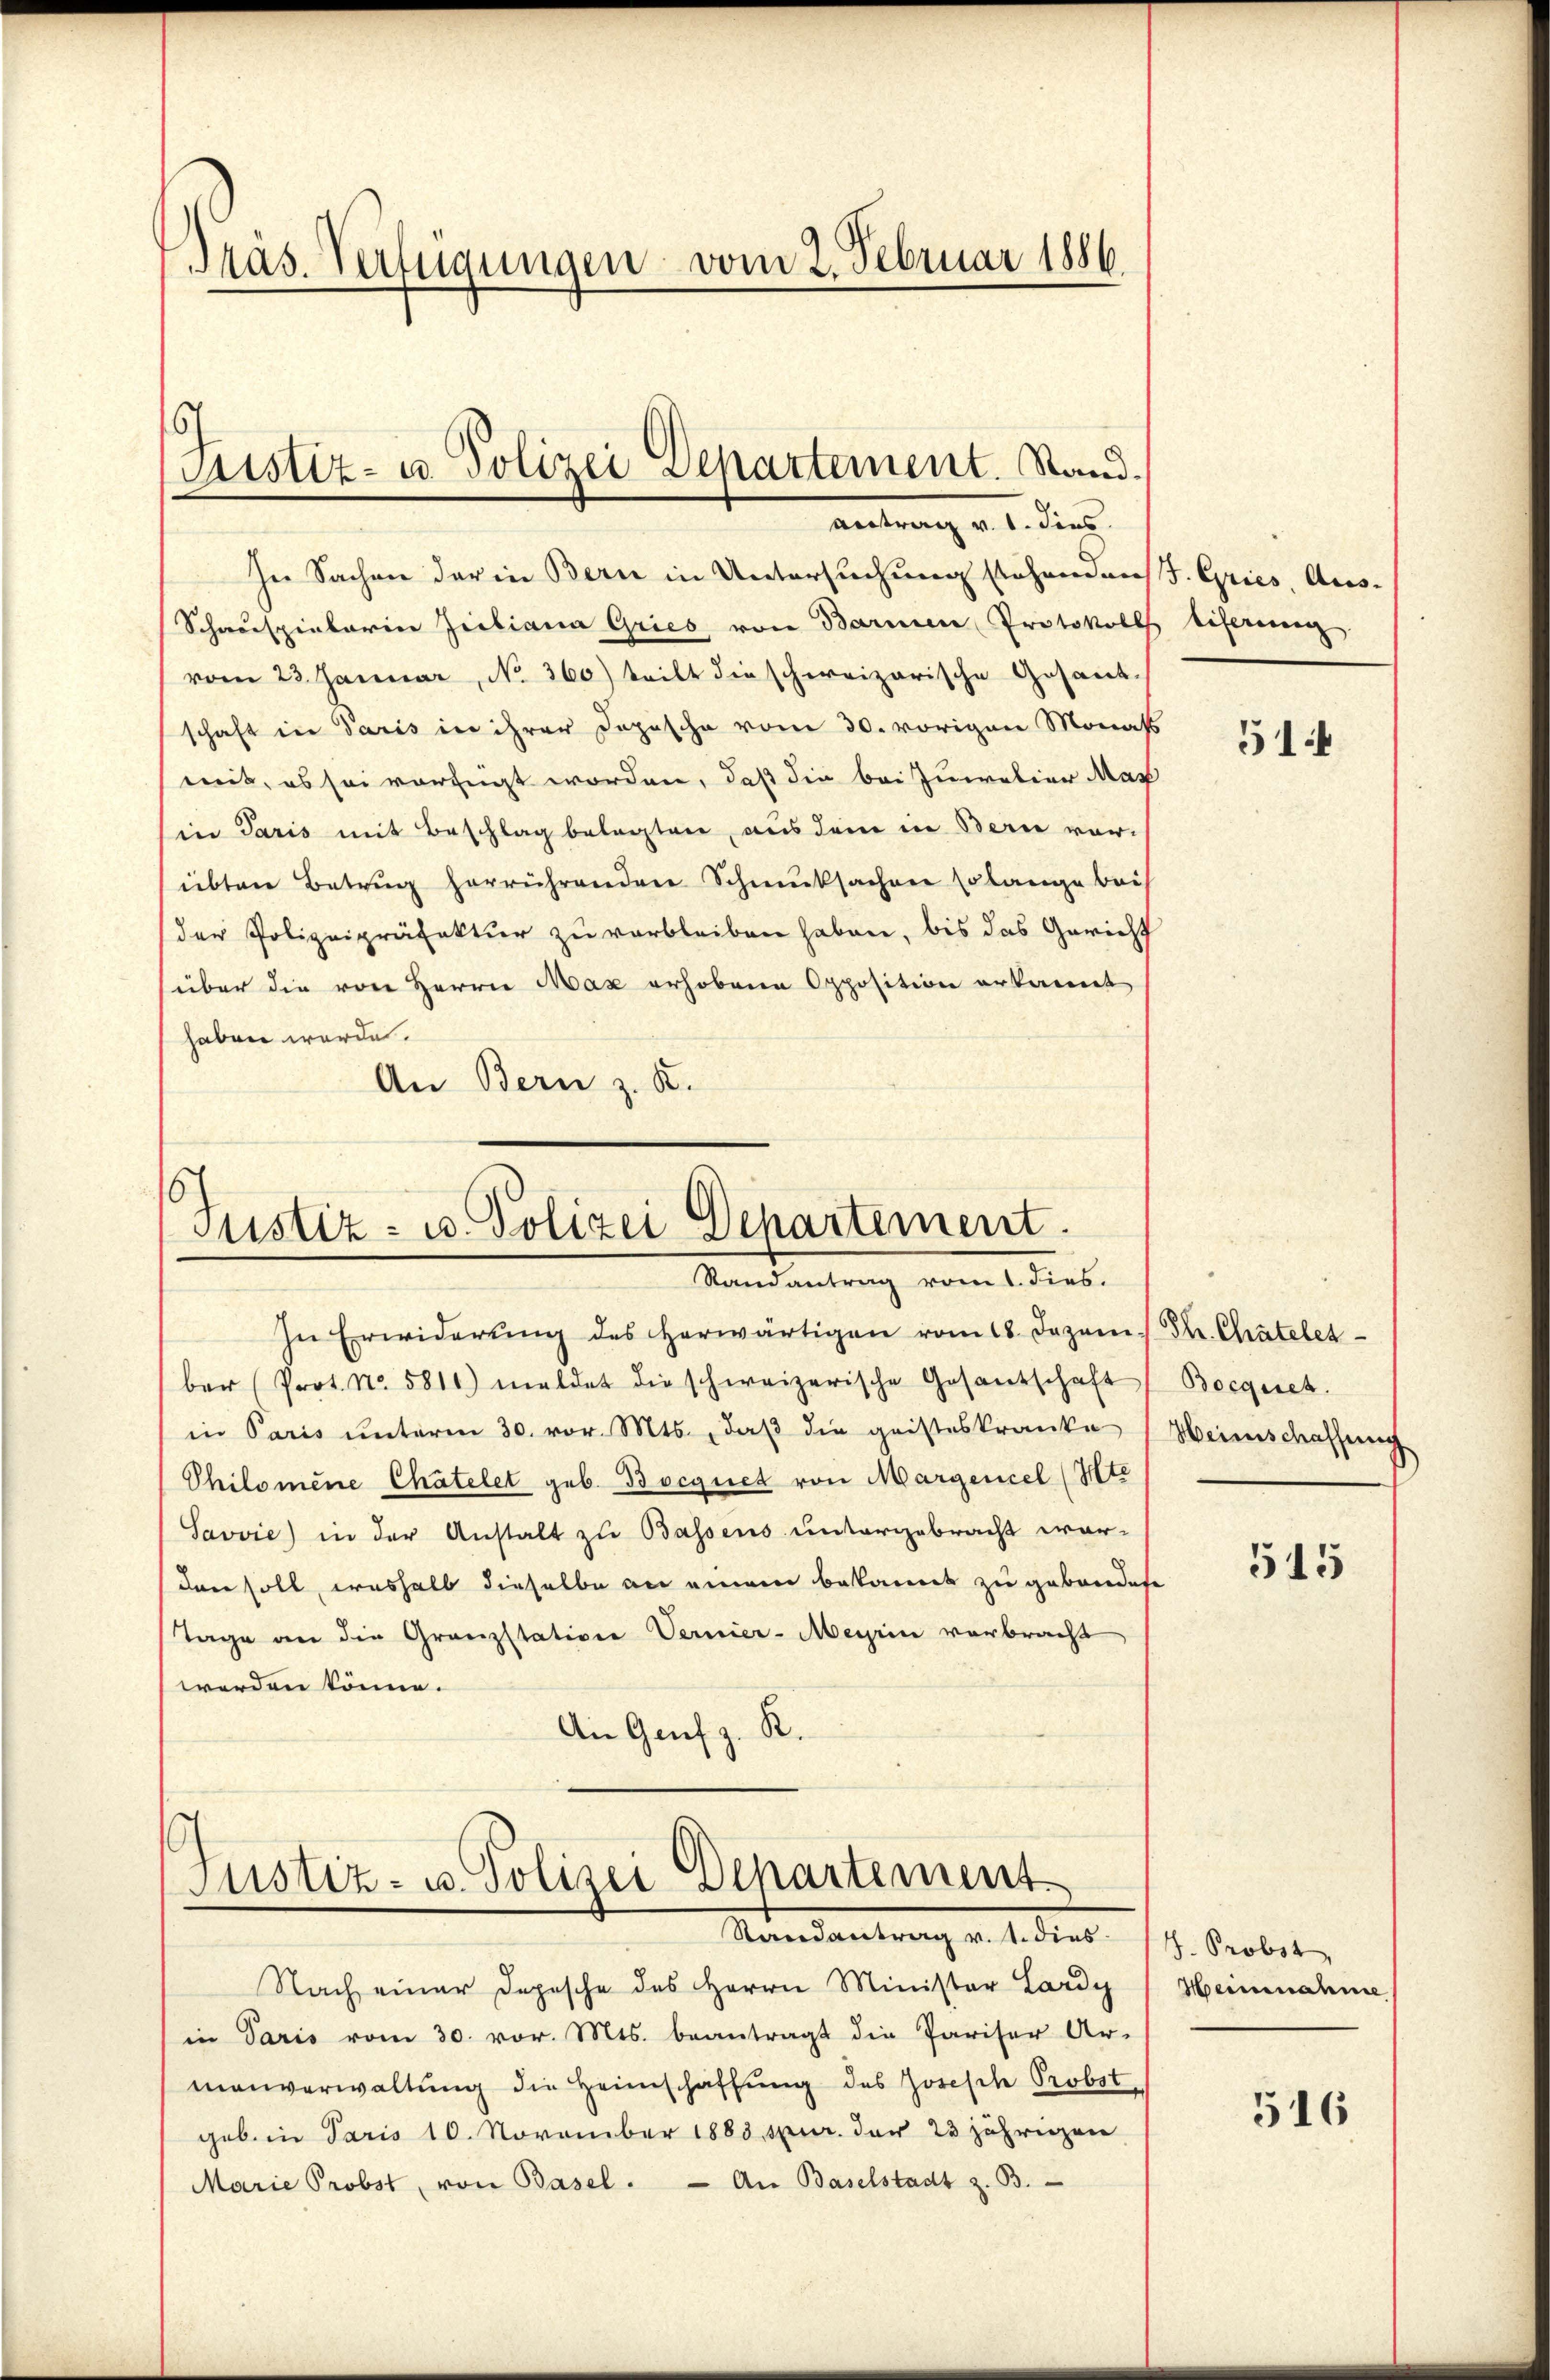
Präs. Verfügungen vom 2. Februar 1886

In Sachen der in Bern in Untersuchung stehendens. Gries, Aus-
Schauspielarice Giiliana Gries von Barmen Protokoll
vom 23. Januar, No. 360) teilt die schweizerische Gesand-
schaft in Paris in ihrer Dopische vom 30. vorigen Monats
mit, es sei verfügt worden, daß die bei Juwelier Mas
in Paris mit Beschlag belegten, aus dem in Bern vor-
übten Betrug herrührenden Schmucksachen solange bei
der Polizeipräfektur zu verbleiben haben, bis das Gericht
über die von Herrn Max erhobene Opposition erkannt
haben werde.
An Bern z. B.

Sistiz- u. Polizei Departement. Stand.
antrag v. 1. dies

s
Justiz- u. Polizei Departement.
Randantrag vom 1. dies.

In Erwiderŭng des herwärtigen vom 18. Dezem. Dr. Chratelet
ber (Prot. No. 5811) meldet die schweizerische Gesantschaft (Boegnet.
in Paris ŭnterm 30. vor. Mts., daβ die geisteskranke Heimschaffung
Philomene Chätelet geb. Bocquet von Margenzel (Mte
Savvić) in der Anstalt zu Bassens untergebracht warden soll, weshalb dieselbe an einem bekannt zu gebendete
Tage an die Granzstation Vernier-Meyrin verbracht
werden könne.
An Genf z. R.

Justiz- u. Polizei Departement
Randantrag v. 1. dies

Nach einer Depesche des Herrn Minister Lardy
in Paris vom 30. vor. Mts. beantragt die Pariser Ar-
manverwaltung die Heimschaffung des Josesch Probst,
geb. in Paris 10. November 1883 spur. der 23jährigen
Marie Probst, von Basel. — An Baselstadt z. B.

tiferung

514

515

J. Probst,
Heinnahme

516